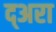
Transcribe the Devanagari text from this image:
द्अरा